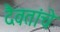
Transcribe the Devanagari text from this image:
दैवतांचे